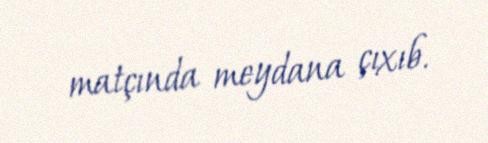
matçında meydana çıxıb.